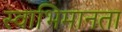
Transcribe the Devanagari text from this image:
स्वाभिमानता